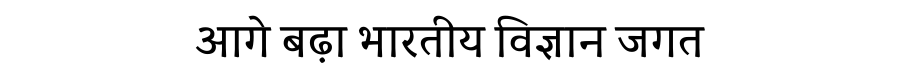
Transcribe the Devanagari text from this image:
आगे बढ़ा भारतीय विज्ञान जगत